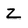
Character: Z